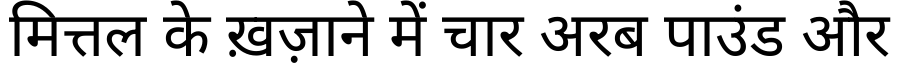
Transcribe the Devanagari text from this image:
मित्तल के ख़ज़ाने में चार अरब पाउंड और